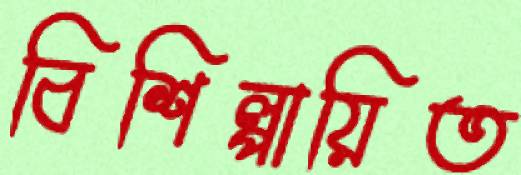
বিশিল্পায়িত